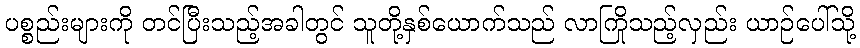
ပစ္စည်းများကို တင်ပြီးသည့်အခါတွင် သူတို့နှစ်ယောက်သည် လာကြိုသည့်လှည်း ယာဉ်ပေါ်သို့